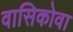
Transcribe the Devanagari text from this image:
वासिकोवा